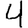
Digit: 4